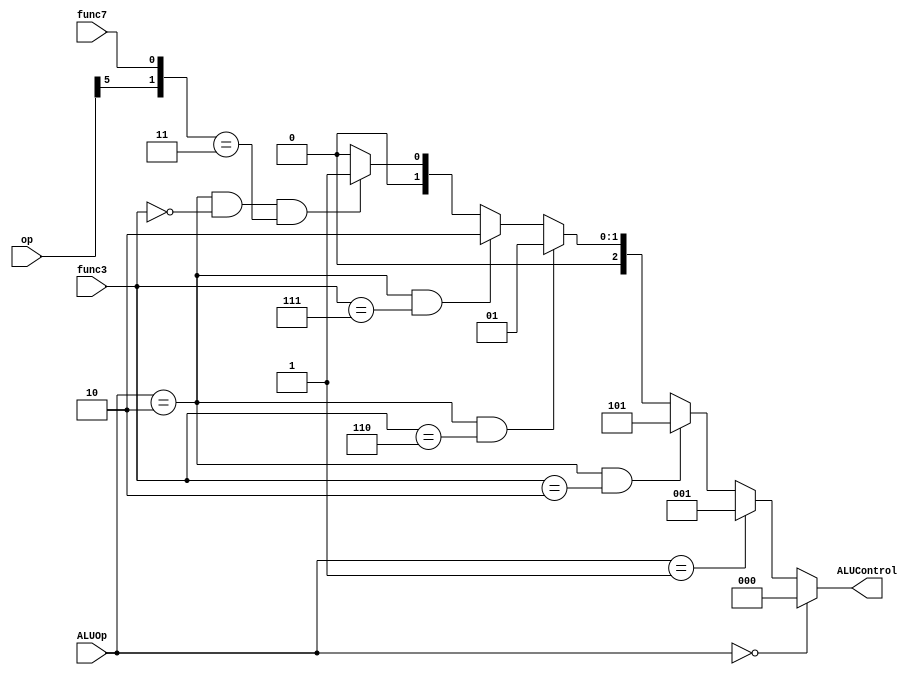
module alu_decoder(ALUOp, op, func3, func7, ALUControl);
	input func7;
	input [7:0] op;
	input [2:0] func3;
	input [1:0] ALUOp;
	output [2:0] ALUControl;
	
	//interim wire
	wire [1:0] concat;
	
	assign concat = {op[5], func7};
	assign ALUControl = (ALUOp == 2'b00) ? 3'b000: 
						(ALUOp == 2'b01) ? 3'b001: 
						((ALUOp == 2'b10) && (func3 == 3'b010)) ? 3'b101: 
						((ALUOp == 2'b10) && (func3 == 3'b110)) ? 3'b001:
						((ALUOp == 2'b10) && (func3 == 3'b111)) ? 3'b010: 
						((ALUOp == 2'b10) && (func3 == 3'b000) && (concat == 2'b11)) ? 3'b001:
						((ALUOp == 2'b10) && (func3 == 3'b000) && (concat != 2'b11)) ? 3'b000 : 3'b000;
endmodule

//main decoder -> alu decoder